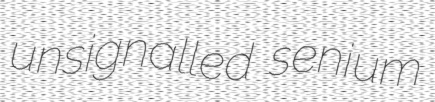
unsignalled senium